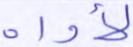
لأواه